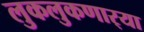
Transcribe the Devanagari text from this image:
लुकलुकणार्‍या